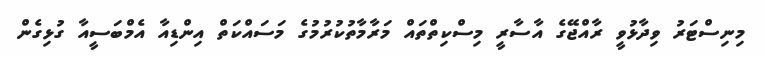
މިނިސްޓަރު ވިދާޅުވީ ރާއްޖޭގެ އާސާރީ މިސްކިތްތައް މަރާމާތުކުރުމުގެ މަސައްކަތް އިންޑިއާ އެމްބަސީއާ ގުޅިގެން